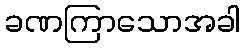
ခဏကြာသောအခါ